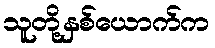
သူတို့နှစ်ယောက်က